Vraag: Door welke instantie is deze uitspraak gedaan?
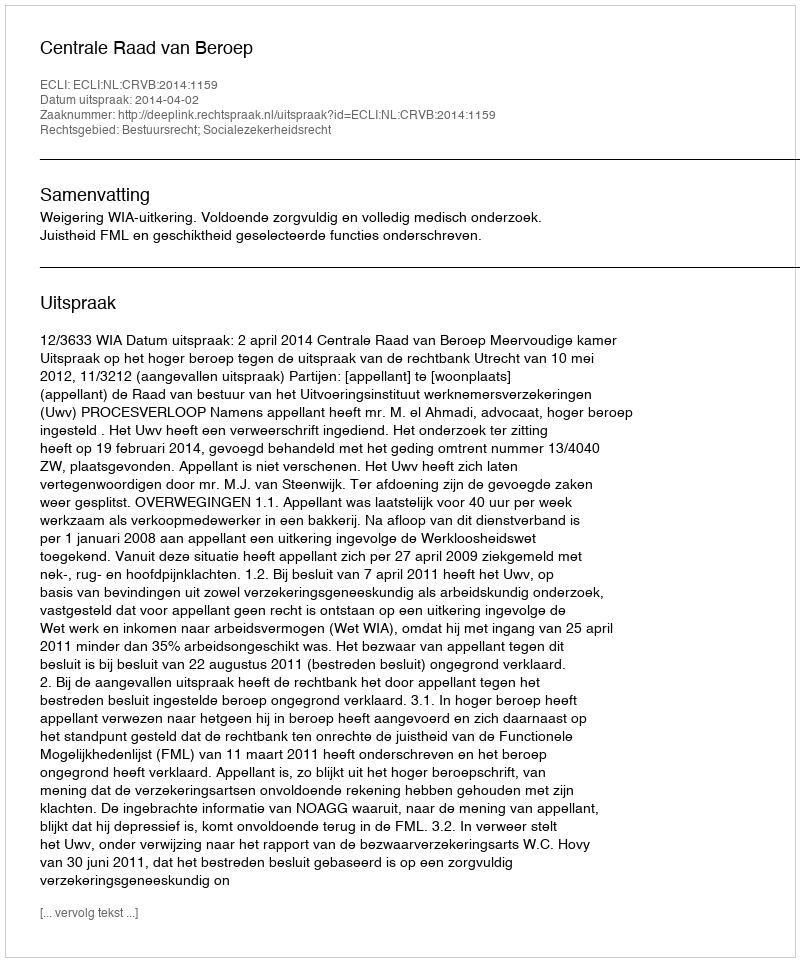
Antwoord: Centrale Raad van Beroep